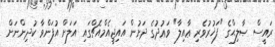
ރައީސް ޞާލިޙްގެ "ފަޚުރުވެރި ޢާއިލާ" ވަޢުދުގެ ދަށުން އައިޖީއެމްއެޗްގައި އަލަށް އުފަންވާ ކުދިންނަށް